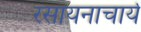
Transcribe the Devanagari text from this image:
रसायनाचार्य